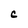
Character: C